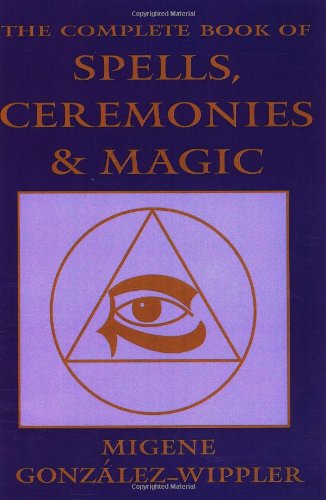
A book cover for The Complete Book of Spells, Ceremonies & Magic; Migene GonzÃ¡lez-Wippler; Reference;